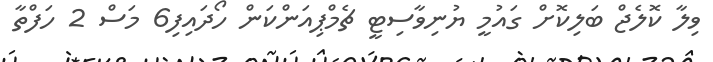
ވިލާ ކޮލެޖް ބަލިކޮށް ގައުމީ ޔުނިވާސިޓީ ޗެމްޕިއަންކަން ހޯދައިފި6 މަސް 2 ހަފްތާ